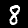
Digit: 8